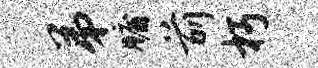
弟牖前朽